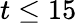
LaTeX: t\le 15